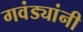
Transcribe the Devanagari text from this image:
गवंड्यांनी